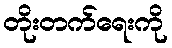
တိုးတက်ရေးကို